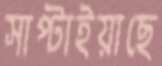
সাপ্‌টাইয়াছে